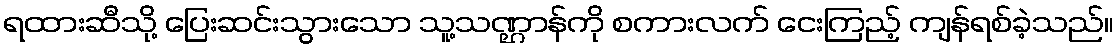
ရထားဆီသို့ ပြေးဆင်းသွားသော သူ့သဏ္ဌာန်ကို စကားလက် ငေးကြည့် ကျန်ရစ်ခဲ့သည်။